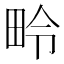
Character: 𪽏